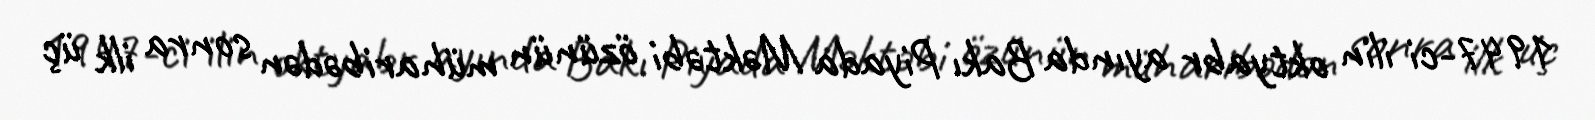
1947-ci ilin oktyabr ayında Bakı Piyada Məktəbi özünün müharibədən sonra ilk üç